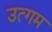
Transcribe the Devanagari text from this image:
उत्गम